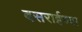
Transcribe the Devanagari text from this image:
बसराईच्या